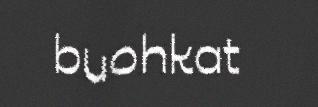
buohkat